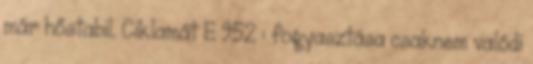
már hőstabil. Ciklamát E 952 : fogyasztása csaknem valódi